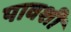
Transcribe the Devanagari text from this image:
पावशी